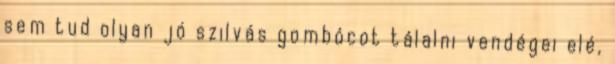
sem tud olyan jó szilvás gombócot tálalni vendégei elé,